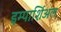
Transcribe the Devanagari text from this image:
इम्पार्शिअल